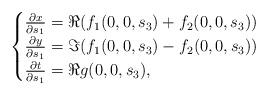
LaTeX: \begin{align*}\begin{cases}\frac{\partial x}{\partial s_1}=\Re(f_1(0,0,s_3)+f_2(0,0,s_3))\\\frac{\partial y}{\partial s_1}=\Im(f_1(0,0,s_3)-f_2(0,0,s_3))\\\frac{\partial t}{\partial s_1}=\Re g(0,0,s_3),\end{cases}\end{align*}